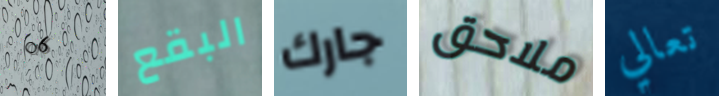
06 البقع جارك ملاحق تعالي